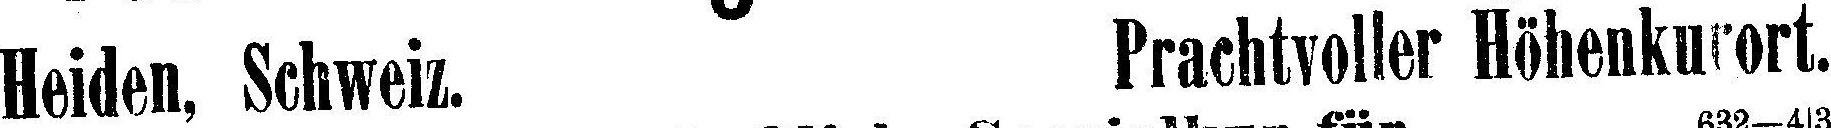
Heiden, Schweiz. Prachtvoller Höhenkurort.